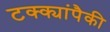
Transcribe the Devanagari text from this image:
टक्क्यांपैकी